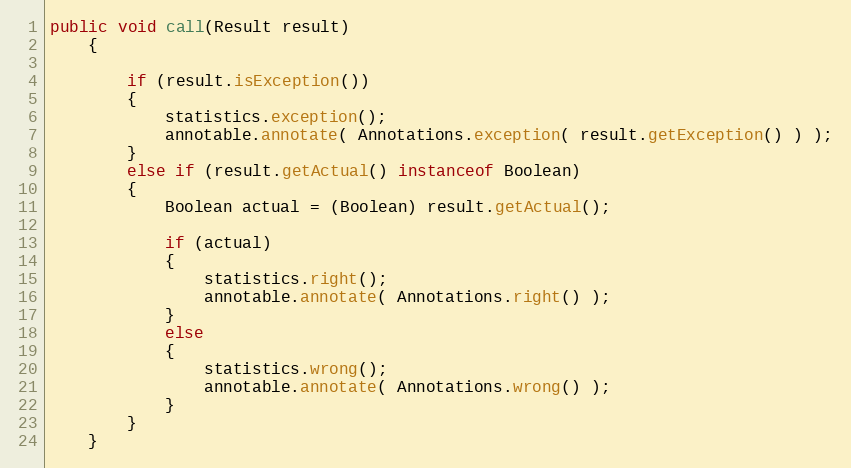
Language: Java
public void call(Result result)
    {

        if (result.isException())
        {
            statistics.exception();
            annotable.annotate( Annotations.exception( result.getException() ) );
        }
        else if (result.getActual() instanceof Boolean)
        {
            Boolean actual = (Boolean) result.getActual();

            if (actual)
            {
                statistics.right();
                annotable.annotate( Annotations.right() );
            }
            else
            {
                statistics.wrong();
                annotable.annotate( Annotations.wrong() );
            }
        }
    }